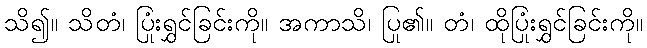
သိ၍။ သိတံ၊ ပြုံးရွှင်ခြင်းကို။ အကာသိ၊ ပြု၏။ တံ၊ ထိုပြုံးရွှင်ခြင်းကို။